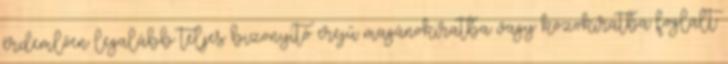
érdemlően legalább teljes bizonyító erejű magánokiratba vagy közokiratba foglalt